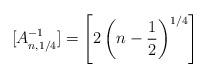
LaTeX: \begin{gather*} [A^{-1}_{n, 1/4}] = \left[2\left(n-\frac{1}{2}\right)^{1/4}\right] \end{gather*}